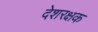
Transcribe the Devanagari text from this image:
देशरक्षक